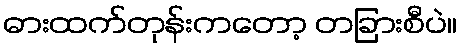
ဓားထက်တုန်းကတော့ တခြားစီပဲ။